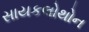
સાયકલોથોન